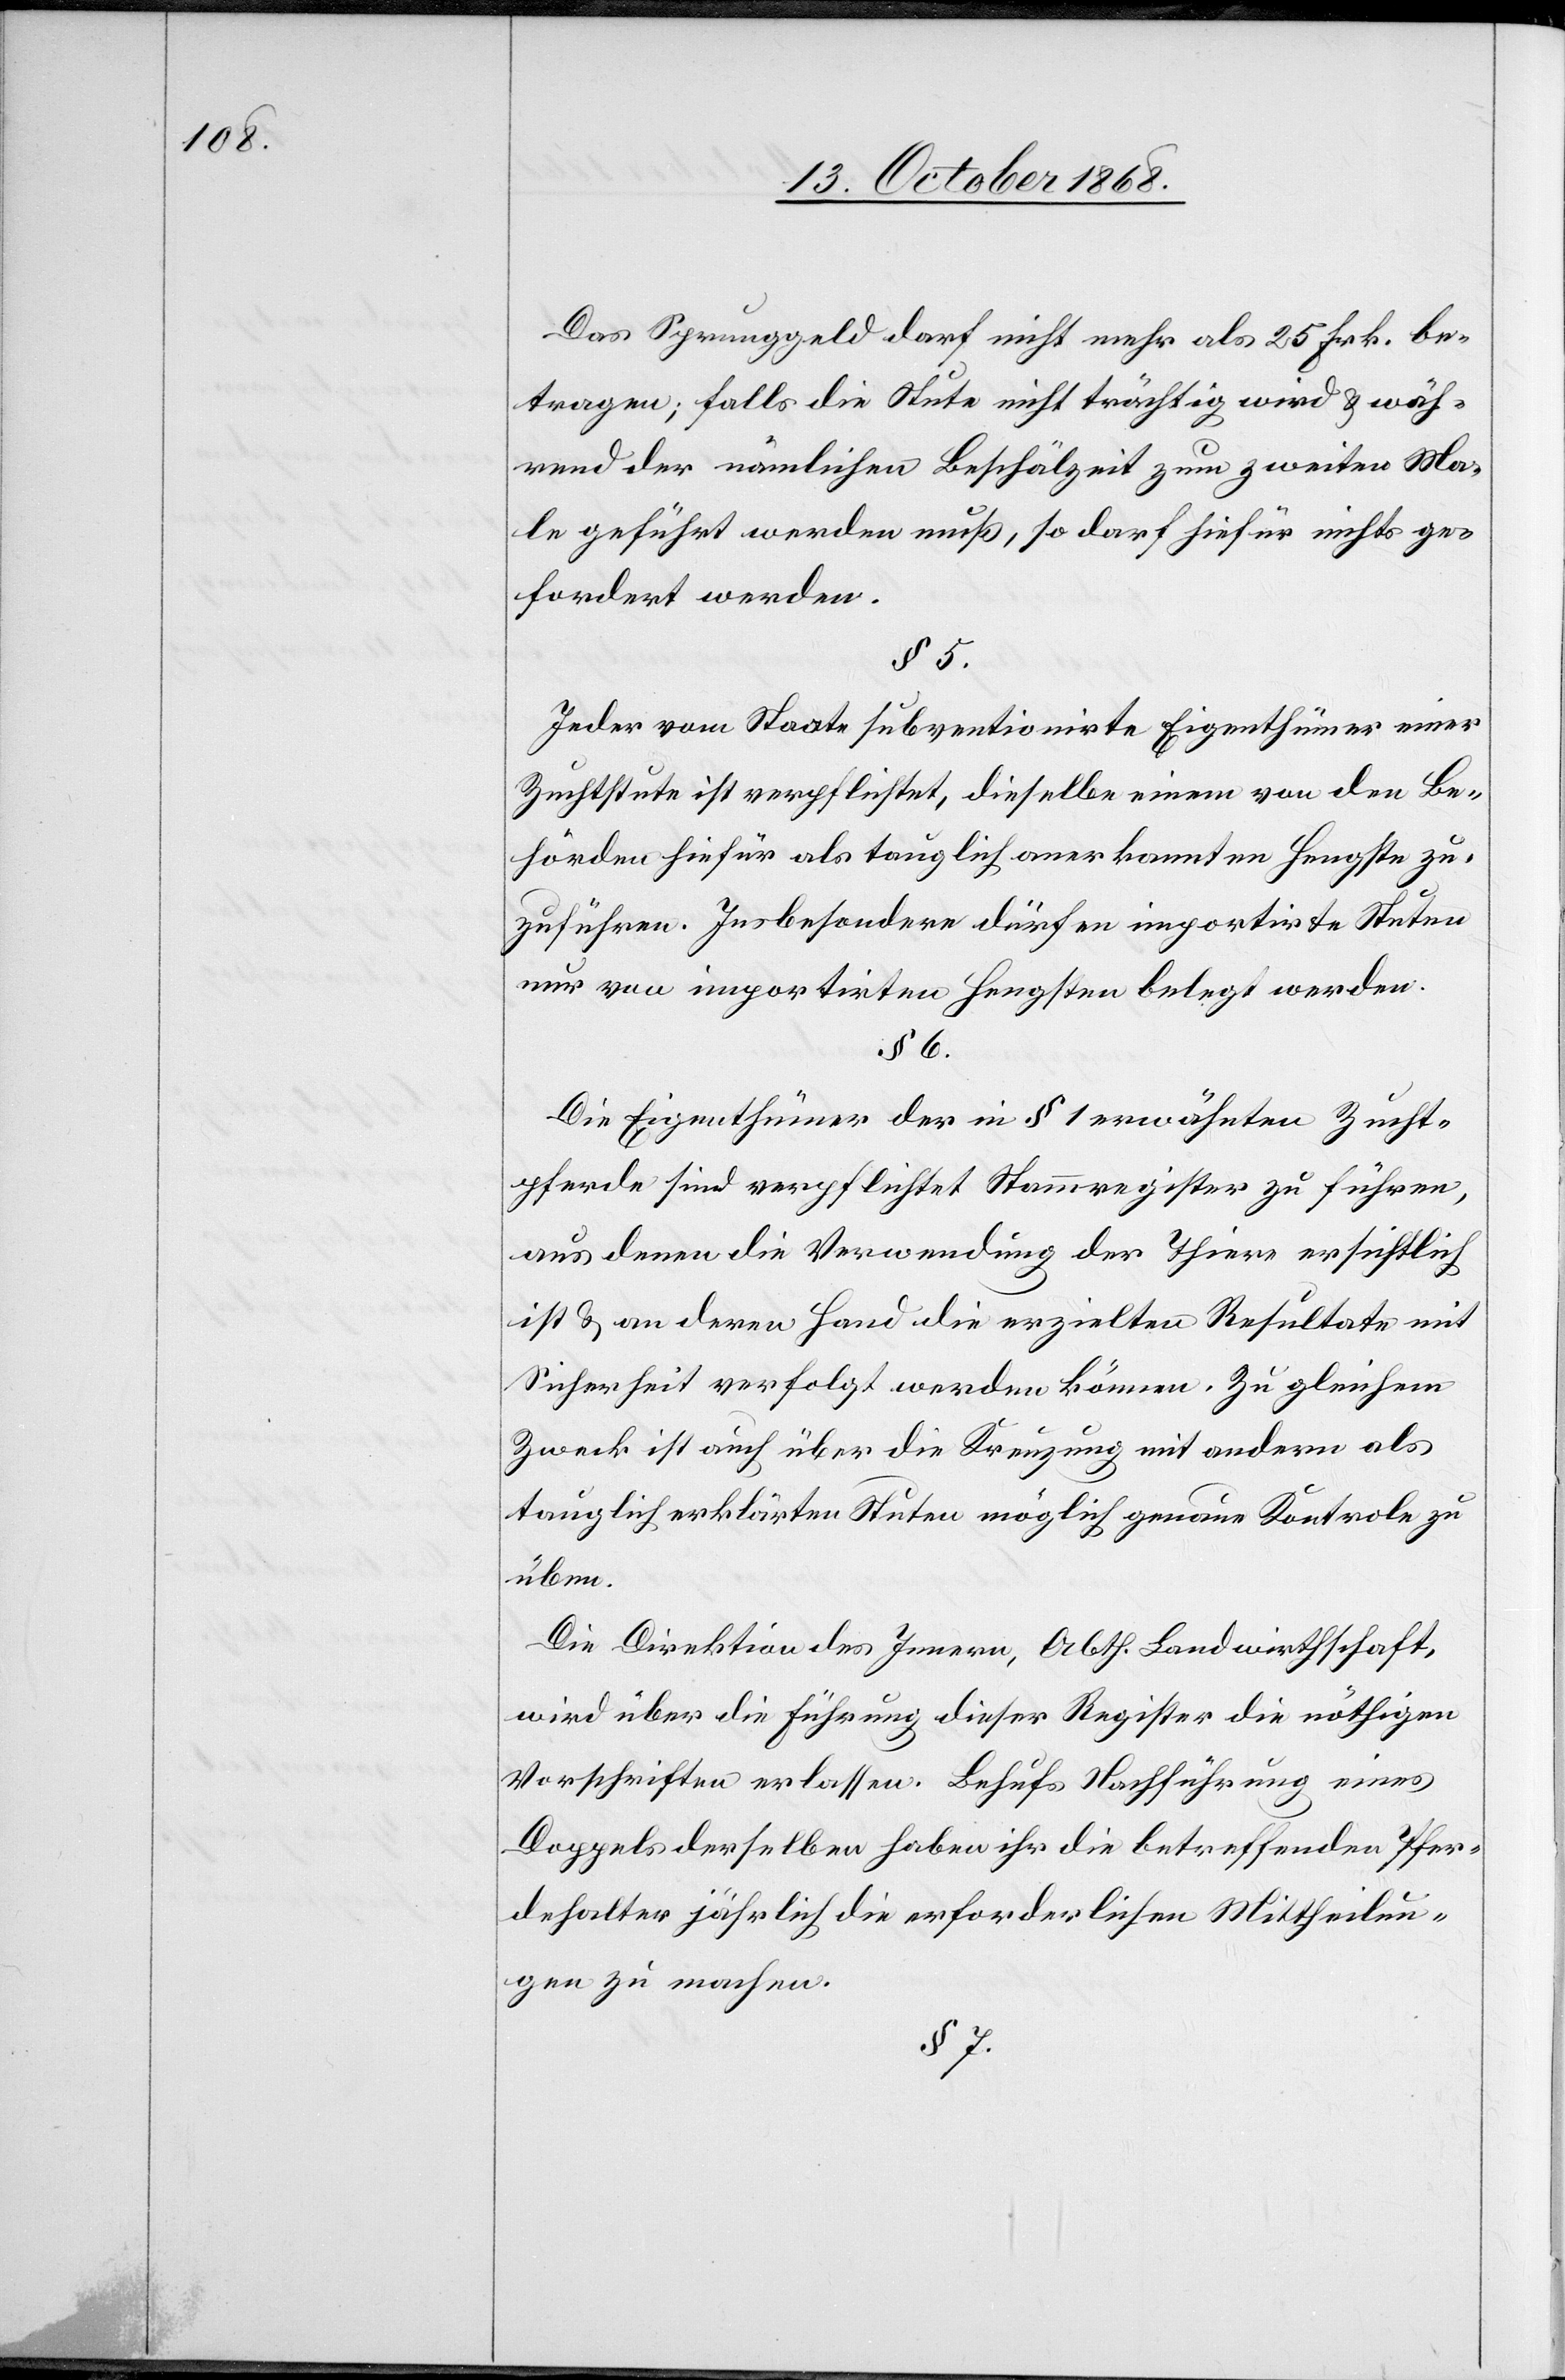
Das Sprunggeld darf nicht mehr als 25 Frk. be¬
tragen; falls die Stute nicht trächtig wird & wäh¬
rend der nämlichen Beschälzeit zum zweiten Ma¬
le geführt werden muß, so darf hiefür nichts ge¬
fordert werden.
§ 5.
Jeder vom Staate subventionirte Eigenthümer einer
Zuchtstute ist verpflichtet, dieselbe einem von den Be¬
hörden hiefür als tauglich anerkannten Hengste zu¬
zuführen. Insbesondere dürfen importirte Stuten
nur von importirten Hengsten belegt werden.
§ 6.
Die Eigenthümer der in § 1 erwähnten Zucht¬
pferde sind verpflichtet Stammregister zu führen,
aus denen die Verwendung der Thiere ersichtlich
ist & an deren Hand die erzielten Resultate mit
Sicherheit verfolgt werden können. Zu gleichem
Zweck ist auch über die Kreuzung mit andern als
tauglich erklärten Stuten möglich[st] genaue Kontrole zu
üben.
Die Direktion des Innern, Abth. Landwirthschaft,
wird über die Führung dieser Register die nöthigen
Vorschriften erlassen. Behufs Nachführung eines
Doppels derselben haben ihr die betreffenden Pfer¬
dehalter jährlich die erforderlichen Mittheilun¬
gen zu machen.
§ 7.